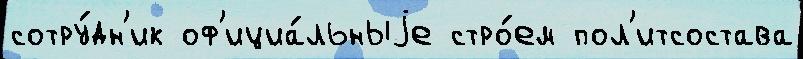
сотру́дн'ик оф'ициа́льныjе стро́ем пол'итсостава